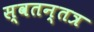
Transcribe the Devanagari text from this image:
स्वतन्तत्र